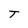
Character: T